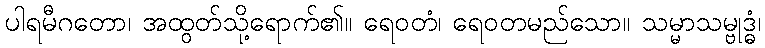
ပါရမီဂတော၊ အထွတ်သို့ရောက်၏။ ရေဝတံ၊ ရေဝတမည်သော။ သမ္မာသမ္ဗုဒ္ဓံ၊